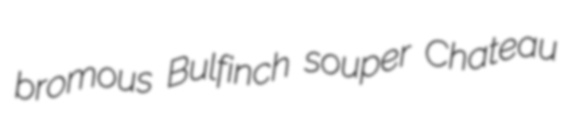
bromous Bulfinch souper Chateau